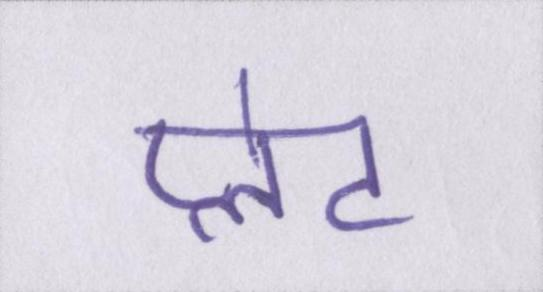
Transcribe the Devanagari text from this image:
प्लेट